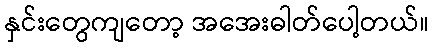
နှင်းတွေကျတော့ အအေးဓါတ်ပေါ့တယ်။